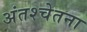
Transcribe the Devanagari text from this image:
अंतश्‍चेतना